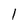
Character: 1